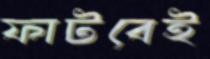
ফাটবেই